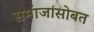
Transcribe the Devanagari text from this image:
समाजांसोबत